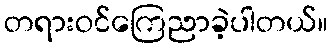
တရားဝင်ကြေညာခဲ့ပါတယ်။